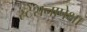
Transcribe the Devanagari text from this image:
स्टेशनापेक्षा